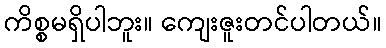
ကိစ္စမရှိပါဘူး။ ကျေးဇူးတင်ပါတယ်။